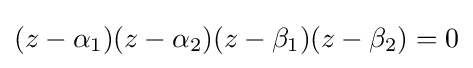
(z-\alpha _{1})(z-\alpha _{2})(z-\beta _{1})(z-\beta _{2})=0